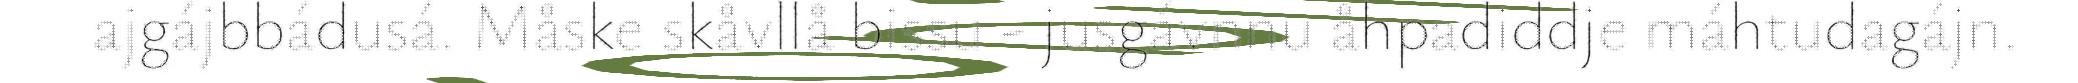
ajgájbbádusá. Måske skåvllå bissu - jusgávnnu åhpadiddje máhtudagájn.